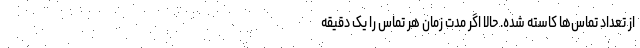
از تعداد تماس‌ها کاسته شده. حالا اگر مدت زمان هر تماس را یک دقیقه